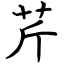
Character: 芹